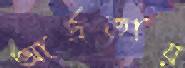
আর্দ্রতায়